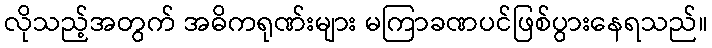
လိုသည့်အတွက် အဓိကရုဏ်းများ မကြာခဏပင်ဖြစ်ပွားနေရသည်။